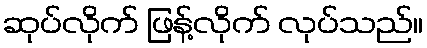
ဆုပ်လိုက် ဖြန့်လိုက် လုပ်သည်။